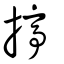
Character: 揨